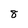
Character: 8